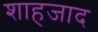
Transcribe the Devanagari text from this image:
शाहजाद